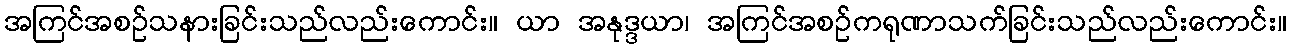
အကြင်အစဉ်သနားခြင်းသည်လည်းကောင်း။ ယာ အနုဒ္ဒယာ၊ အကြင်အစဉ်ကရုဏာသက်ခြင်းသည်လည်းကောင်း။